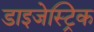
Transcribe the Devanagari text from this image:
डाइजेस्ट्रिक